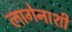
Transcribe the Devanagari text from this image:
लागेनाशी